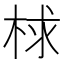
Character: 梂